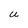
Character: U